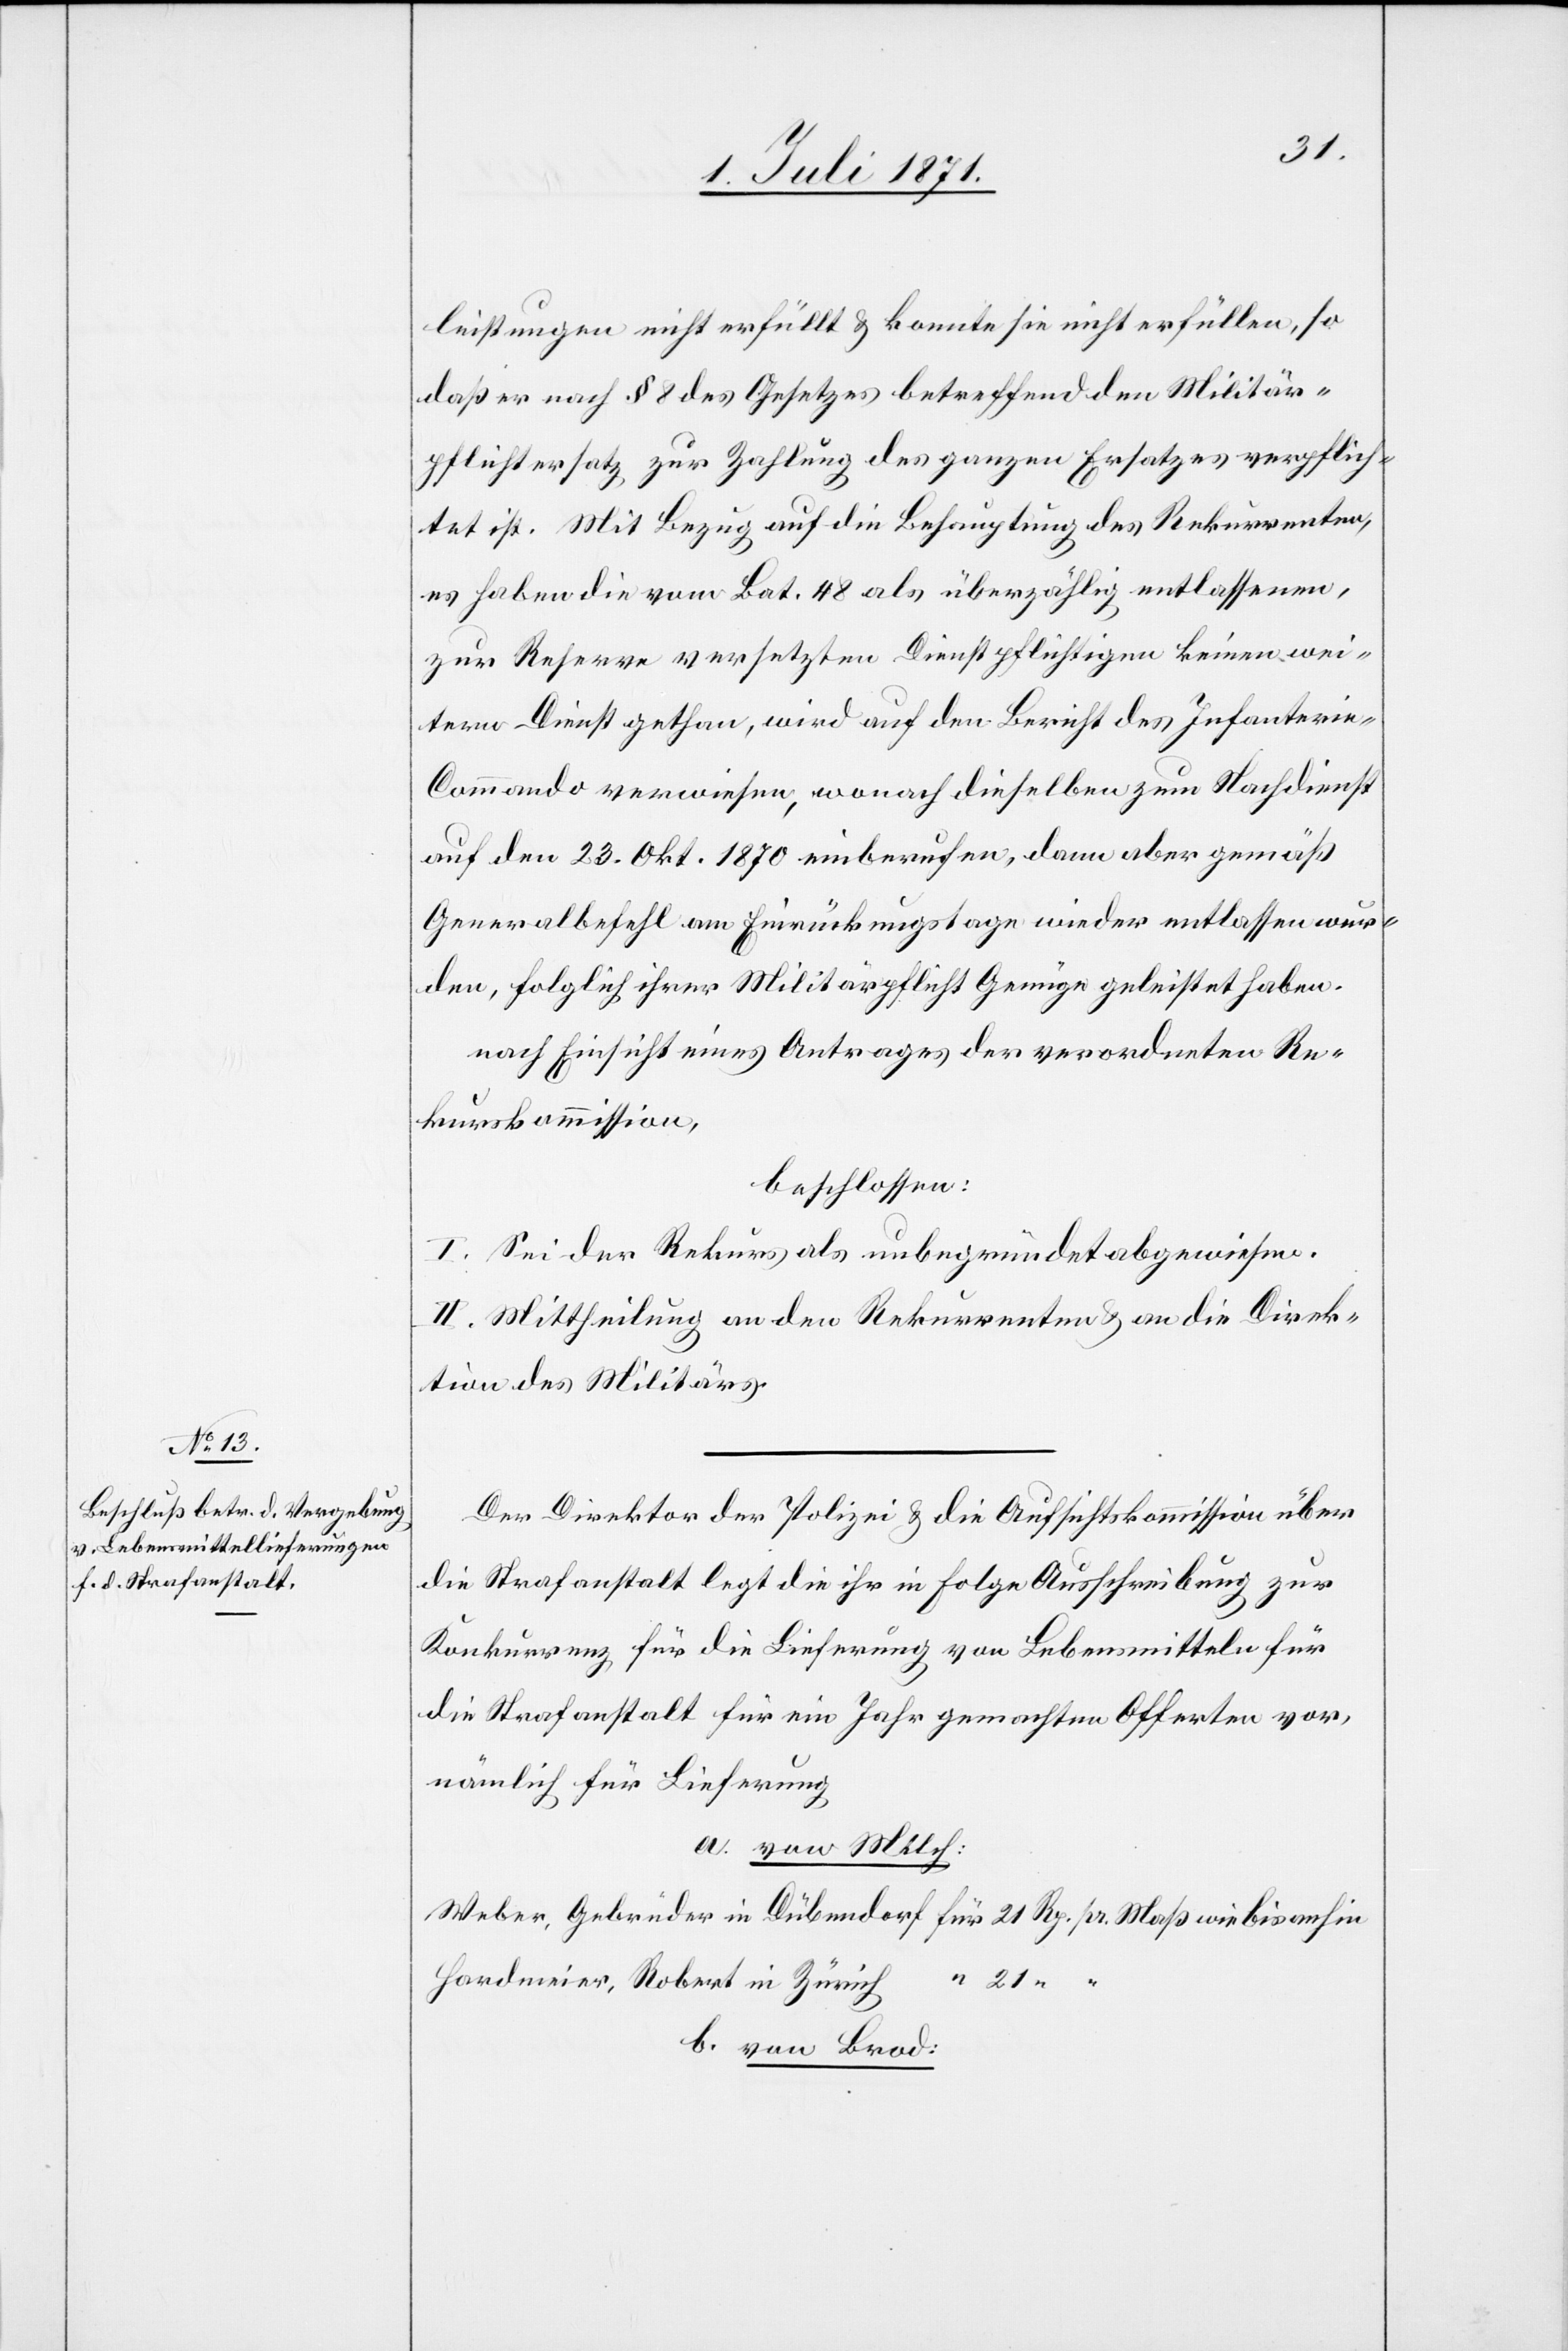
leistungen nicht erfüllt u. konnte sie nicht erfüllen, so
daß er nach § 8 des Gesetzes betreffend den Militär¬
pflichtersatz zur Zahlung des ganzen Ersatzes verpflich¬
tet ist. Mit Bezug auf die Behauptung des Rekurrenten,
es haben die vom Bat. 48 als überzählig entlassenen,
zur Reserve versetzten Dienstpflichtigen keinen wei¬
tern Dienst gethan, wird auf den Bericht des Infanteri¬
e-Commando verwiesen, wonach dieselben zum Nachdienst
auf den 23. Okt. 1870 einberufen, dann aber gemäß
Generalbefehl am Einrückungstage wieder entlassen wur¬
den, folglich ihrer Militärpflicht Genügen geleistet haben.
nach Einsicht eines Antrages der verordneten Re¬
kurskommission,
beschlossen:
I. Sei der Rekurs als unbegründet abgewiesen.
II. Mittheilung an den Rekurrenten u. an die Direk¬
tion des Militärs.
Der Direktor der Polizei u. die Aufsichtskommission über
die Strafanstalt legt die ihr in Folge Ausschreibung zur
Konkurrenz für die Lieferung von Lebensmitteln für
die Strafanstalt für ein Jahr gemachten Offerten vor,
nämlich für Lieferung
a. von Milch:
Weber, Gebrüder in Dübendorf für 21 Rp. pr. Maß wie bis anhin
Hardmeier, Robert in Zürich
b. von Brod: